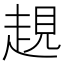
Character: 𧼊